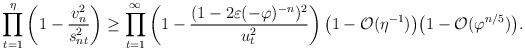
LaTeX: \begin{align*}\prod_{t=1}^{\eta} \left( 1- \frac{v_n^2}{s_{nt}^2} \right) \geq \prod_{t=1}^{\infty}\left(1-\frac{(1-2\varepsilon (-\varphi)^{-n})^2}{u_t^2}\right) \big(1-\mathcal{O}(\eta^{-1})\big)\big(1 - \mathcal{O}(\varphi^{n/5})\big).\end{align*}